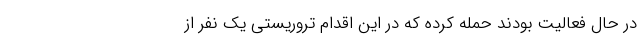
در حال فعالیت بودند حمله کرده که در این اقدام تروریستی یک نفر از